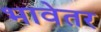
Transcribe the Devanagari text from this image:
भावेतर